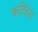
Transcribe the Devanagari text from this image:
कटिदेश